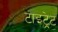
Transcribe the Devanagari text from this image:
टाइट्रेट